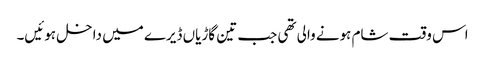
اس وقت شام ہونے والی تھی جب تین گاڑیاں ڈیرے میں داخل ہوئیں۔